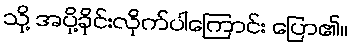
သို့ အပို့ခိုင်းလိုက်ပါကြောင်း ပြော၏။